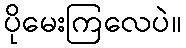
ပိုမေးကြလေပဲ။